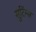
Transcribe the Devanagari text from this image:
सुटिंग्स